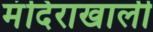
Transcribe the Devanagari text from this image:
मंदिराखाली